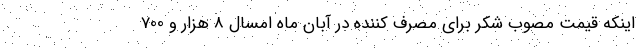
اینکه قیمت مصوب شکر برای مصرف کننده در آبان ماه امسال 8 هزار و 700